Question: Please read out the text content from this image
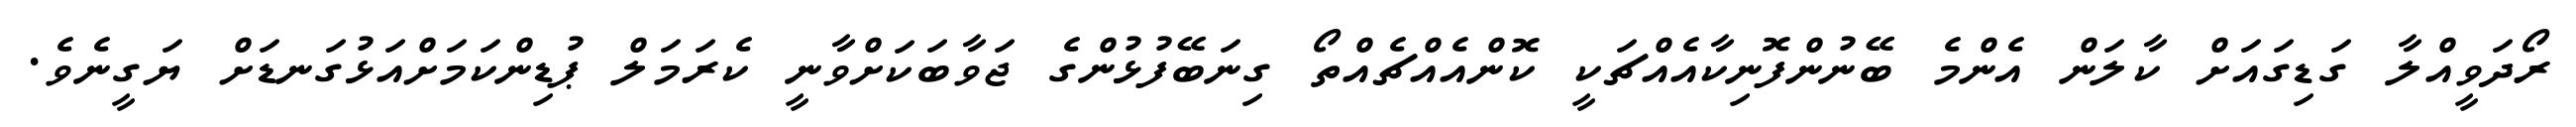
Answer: ރޯދަވީއްލާ ގަޑިގައަށް ކާލަން އެންމެ ބޭނުންފޮނިކާއެއްޗަކީ ކޮންއެއްޗެއްތޯ ގިނަބޭފުޅުންގެ ޖަވާބަކަށްވާނީ ކެރަމަލް ޕުޑިންކަމަށްއަޅުގަނޑަށް ޔަގީނެވެ.